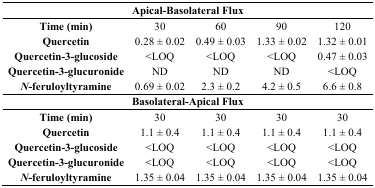
<table><thead><tr><td colspan="5"><b>Apical-Basolateral Flux</b></td></tr></thead><tbody><tr><td><b>Time (min)</b></td><td>30</td><td>60</td><td>90</td><td>120</td></tr><tr><td><b>Quercetin</b></td><td>0.28 ± 0.02</td><td>0.49 ± 0.03</td><td>1.33 ± 0.02</td><td>1.32 ± 0.01</td></tr><tr><td><b>Quercetin-3-glucoside</b></td><td>&lt;LOQ</td><td>&lt;LOQ</td><td>&lt;LOQ</td><td>0.47 ± 0.03</td></tr><tr><td><b>Quercetin-3-glucuronide</b></td><td>ND</td><td>ND</td><td>ND</td><td>&lt;LOQ</td></tr><tr><td><b><i>N</i>-feruloyltyramine</b></td><td>0.69 ± 0.02</td><td>2.3 ± 0.2</td><td>4.2 ± 0.5</td><td>6.6 ± 0.8</td></tr><tr><td colspan="5"><b>Basolateral-Apical Flux</b></td></tr><tr><td><b>Time (min)</b></td><td>30</td><td>30</td><td>30</td><td>30</td></tr><tr><td><b>Quercetin</b></td><td>1.1 ± 0.4</td><td>1.1 ± 0.4</td><td>1.1 ± 0.4</td><td>1.1 ± 0.4</td></tr><tr><td><b>Quercetin-3-glucoside</b></td><td>&lt;LOQ</td><td>&lt;LOQ</td><td>&lt;LOQ</td><td>&lt;LOQ</td></tr><tr><td><b>Quercetin-3-glucuronide</b></td><td>&lt;LOQ</td><td>&lt;LOQ</td><td>&lt;LOQ</td><td>&lt;LOQ</td></tr><tr><td><b><i>N</i>-feruloyltyramine</b></td><td>1.35 ± 0.04</td><td>1.35 ± 0.04</td><td>1.35 ± 0.04</td><td>1.35 ± 0.04</td></tr></tbody></table>